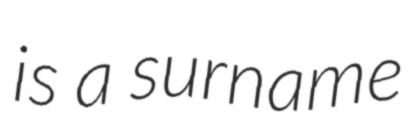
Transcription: is a surname